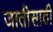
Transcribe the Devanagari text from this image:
जातीसाठी